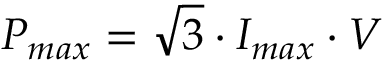
\begin{array} { r } { P _ { m a x } = \sqrt { 3 } \cdot I _ { m a x } \cdot V } \end{array}